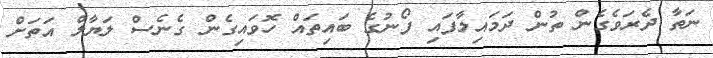
ނަތާ ދެރަވެގެން ތުން ދަމައިލާފައި ފޯނުގެ ބައިތައް ހޮވައިގެން ގެނެސް ލަޔާލް އަތަށް